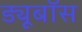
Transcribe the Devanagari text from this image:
ड्यूबॉस